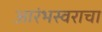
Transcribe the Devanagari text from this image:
आरंभस्वराचा